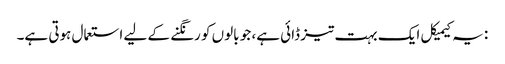
: یہ کیمیکل ایک بہت تیز ڈائی ہے، جو بالوں کو رنگنے کے لیے استعمال ہوتی ہے۔